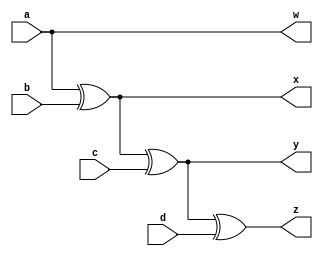
`timescale 1ns / 1ps
//////////////////////////////////////////////////////////////////////////////////
// Company: 
// Engineer: 
// 
// Design Name: 
// Module Name:    gtb1 
// Project Name: 
// Target Devices: 
// Tool versions: 
// Description: 
//
// Dependencies: 
//
// Revision: 
// Revision 0.01 - File Created
// Additional Comments: 
//
//////////////////////////////////////////////////////////////////////////////////
module gtb1(
    input a,
    input b,
    input c,
    input d,
    output w,
    output x,
    output y,
    output z
    );
wire w1;
not(w1,a);
not(w,w1);
xor(x,a,b);
xor(y,x,c);
xor(z,y,d);

endmodule